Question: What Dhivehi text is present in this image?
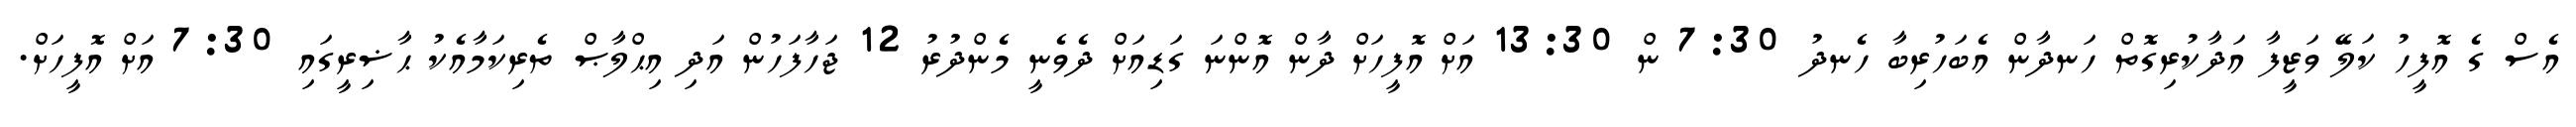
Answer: އެސް ގެ އޮފީހު ކަލޭ ވަޒީފާ އަދާކުރިގޮތް ހަނދާން އެބަހުރިބާ ހެނދު 7:30 ން 13:30 އަށް އޮފީހަށް ދާން އޮންނަ ގަޑިއަށް ދެވެނީ މެންދުރު 12 ޖަހާފަހުން އަދި އިޙްލާޞް ތެރިކަމާއެކު ޙާޟިރީގައި 7:30 އަށް އޮފީހަށް.